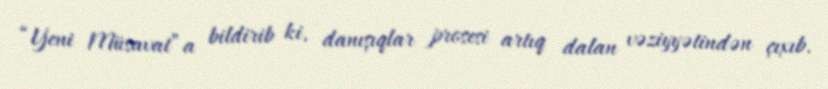
“Yeni Müsavat”a bildirib ki, danışıqlar prosesi artıq dalan vəziyyətindən çıxıb.